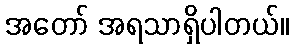
အတော် အရသာရှိပါတယ်။